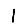
Digit: 1